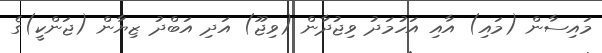
މައިސާން (މައި) އާއި އަހުމަދު ވިޖުދާން (ވިޖޫ) އަދި އަބްދު ޒިޔާން (ޖަންކީ)ގެ